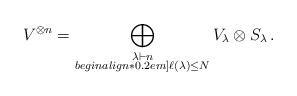
LaTeX: \begin{align*}V^{\otimes n}=\bigoplus_{\substack{\lambda\vdash n\\begin{align*}0.2em] \ell(\lambda)\leq N}} V_{\lambda}\otimes S_{\lambda}\,.\end{align*}